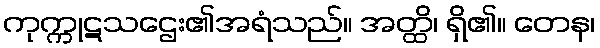
ကုက္ကုဋသဌေး၏အရံသည်။ အတ္ထိ၊ ရှိ၏။ တေန၊